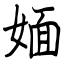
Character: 媔